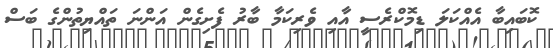
ކޮބައިބާ އެއްކަލަ ޑިމޮކްރެސީ އާއި ވެރިކަމާ ބާރު ފެށިގެން އަންނަ ތައްޔިތުންގެ ބަސް